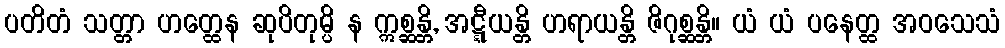
ပတိတံ သတ္တာ ဟတ္ထေန ဆုပိတုမ္ပိ န ဣစ္ဆန္တိ, အဋ္ဋီယန္တိ ဟရာယန္တိ ဇိဂုစ္ဆန္တိ။ ယံ ယံ ပနေတ္ထ အဝသေသံ